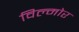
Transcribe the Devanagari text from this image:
विल्मोर